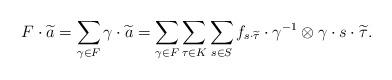
LaTeX: \begin{align*}F \cdot \widetilde{a} = \sum_{\gamma \in F} \gamma \cdot \widetilde a = \sum_{\gamma \in F}\sum_{\tau \in K}\sum_{s \in S} {f_{s \cdot \widetilde{\tau}} \cdot \gamma^{-1} \otimes \gamma \cdot s \cdot \widetilde{\tau}}.\end{align*}